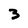
Character: 3